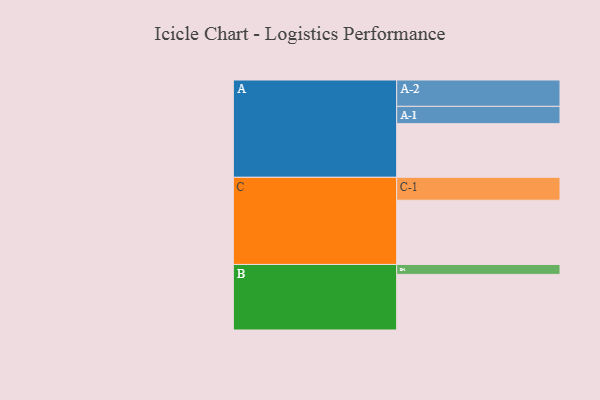
{"axis": {"x": "Segment", "y": "Value"}, "legend": ["", "A", "B", "C"], "data": [{"x": "A", "y": 464, "type": ""}, {"x": "B", "y": 481, "type": ""}, {"x": "C", "y": 556, "type": ""}, {"x": "A-1", "y": 150, "type": "A"}, {"x": "A-2", "y": 228, "type": "A"}, {"x": "B-1", "y": 86, "type": "B"}, {"x": "C-1", "y": 198, "type": "C"}]}